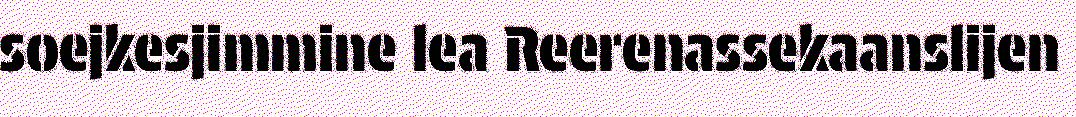
soejkesjimmine lea Reerenassekaanslijen